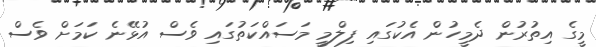
މީގެ އިތުރުން ދެމީހުން އެކުގައި ފިލްމީ މަސައްކަތުގައި ވެސް އުޅޭނެ ކަމަށް ވެސް